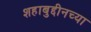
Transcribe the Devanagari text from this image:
शहाबुद्दीनच्या